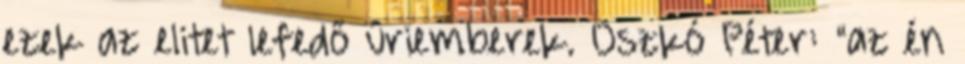
ezek az elitet lefedő úriemberek. Oszkó Péter: "az én